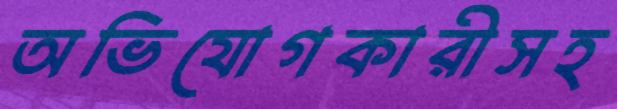
অভিযোগকারীসহ